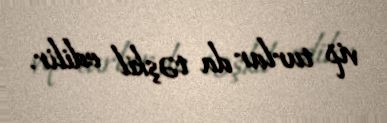
vip turlar da təşkil edilir.